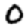
Digit: 0